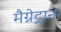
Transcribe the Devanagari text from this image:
मैग्नेट्रान